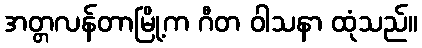
အတ္တလန်တာမြို့က ဂီတ ဝါသနာ ထုံသည်။